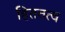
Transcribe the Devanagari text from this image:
हिततत्व